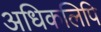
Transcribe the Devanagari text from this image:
अधिकलिपि